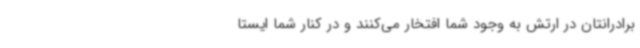
برادرانتان در ارتش به وجود شما افتخار می‌کنند و در کنار شما ایستا